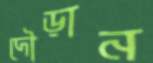
দৌড়ান